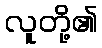
လူတို့၏